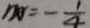
m = - \frac { 1 } { 4 }